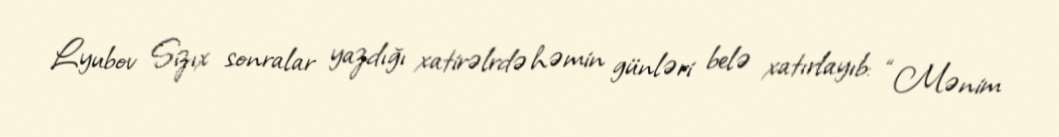
Lyubov Sizıx sonralar yazdığı xatirəlrdə həmin günləri belə xatırlayıb: “Mənim